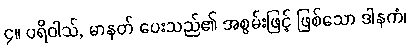
၄။ ပရိဝါသ်, မာနတ် ပေးသည်၏ အစွမ်းဖြင့် ဖြစ်သော ဒါနကံ၊